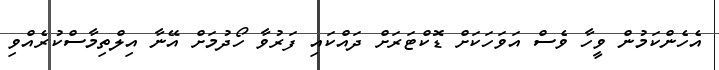
އެހެންކަމުން ވީހާ ވެސް އަވަހަކަށް ޑޮކްޓަރަަށް ދައްކައި ފަރުވާ ހޯދުމަށް އޭނާ އިލްތިމާސްކުރެއްވި